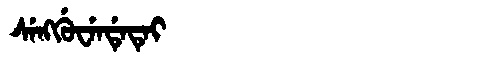
Manchu: ᠰᡝᠩᡤᡠᠸᡝᠨᡩᡝᡨᡝᡳ
Romanization: SENGGUWENDETEI